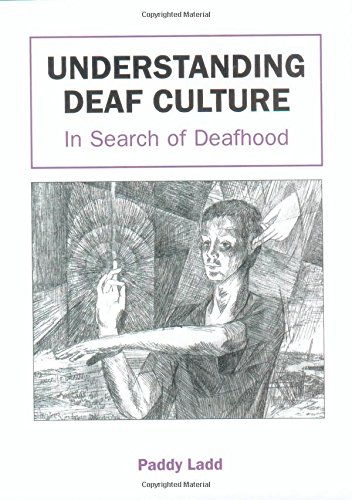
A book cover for Understanding Deaf Culture: In Search of Deafhood; Paddy Ladd; Health, Fitness & Dieting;